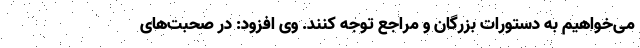
می‌خواهیم به دستورات بزرگان و مراجع توجه کنند. وی افزود: در صحبت‌های